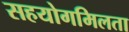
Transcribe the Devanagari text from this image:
सहयोगमिलता